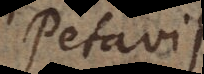
Petavii,